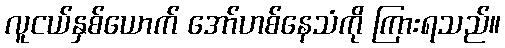
လူငယ်နှစ်ယောက် အော်ဟစ်နေသံကို ကြားရသည်။